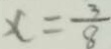
x = \frac { 3 } { 8 }